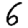
Digit: 6